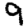
Digit: 9